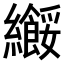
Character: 𫄑